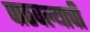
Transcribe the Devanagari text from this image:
पाठवल्याची